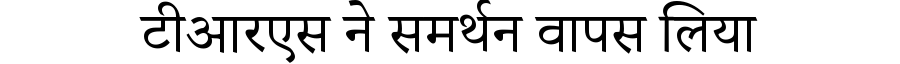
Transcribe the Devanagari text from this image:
टीआरएस ने समर्थन वापस लिया